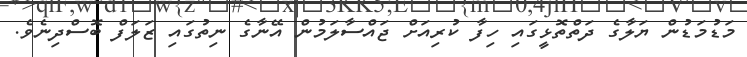
މަޑުމަޑުން ޔަލާގެ ދަތްތޮޅީގައި ހިފާ ކުރިއަށް ޖައްސާލަމުން އޭނާގެ ނިތުގައި ޒަލަފް ބޮސްދިނެވެ.